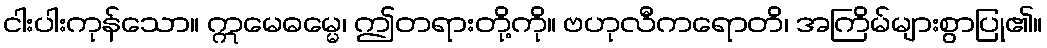
ငါးပါးကုန်သော။ ဣမေဓမ္မေ၊ ဤတရားတို့ကို။ ဗဟုလီကရောတိ၊ အကြိမ်များစွာပြု၏။